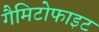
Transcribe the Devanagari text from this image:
गैमिटोफाइट